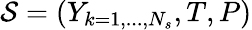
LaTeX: \mathcal{S}=\left(Y_{k=1,...,N_{s}},T,P\right)